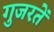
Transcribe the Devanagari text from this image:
गुजरतें